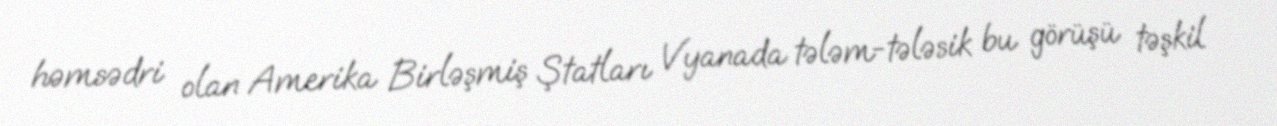
həmsədri olan Amerika Birləşmiş Ştatları Vyanada tələm-tələsik bu görüşü təşkil